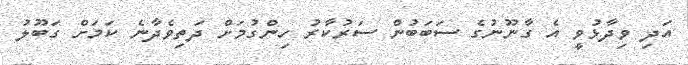
އަދި ވިދާޅުވީ އެ ގާނޫނުގެ ސަބަބުން ސަރުކާރު ހިންގުމަށް ދަތިވެދާނެ ކަމަށް ގަބޫލު